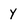
Character: y